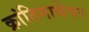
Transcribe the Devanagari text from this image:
क्रांतिगाथेवर